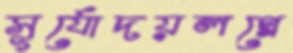
সূর্যোদয়লগ্নে